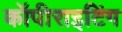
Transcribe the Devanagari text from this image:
कॉपीराइटिंग